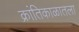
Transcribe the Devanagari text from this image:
क्रांतिकाळातला